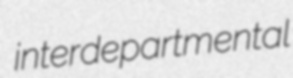
interdepartmental